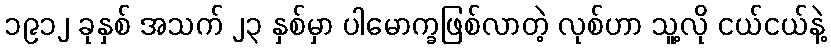
၁၉၁၂ ခုနှစ် အသက် ၂၃ နှစ်မှာ ပါမောက္ခဖြစ်လာတဲ့ လုစ်ဟာ သူ့လို ငယ်ငယ်နဲ့